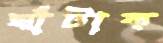
ঘাঁটাক